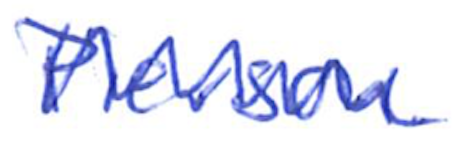
Text: Pierson.
Cross-out: zig-zag
Writing tool: ballpoint